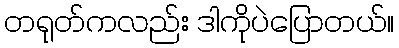
တရုတ်ကလည်း ဒါကိုပဲပြောတယ်။